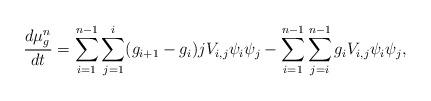
LaTeX: \begin{align*} \frac{d\mu_g^n}{dt} &= \sum_{i=1}^{n-1}\sum_{j=1}^{i}(g_{i+1}-g_i)jV_{i,j}\psi_i\psi_j - \sum_{i=1}^{n-1}\sum_{j=i}^{n-1}g_{i}V_{i,j}\psi_i\psi_j,\end{align*}